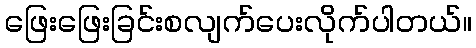
ဖြေးဖြေးခြင်းစလျက်ပေးလိုက်ပါတယ်။